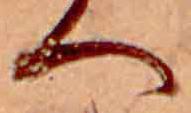
へ